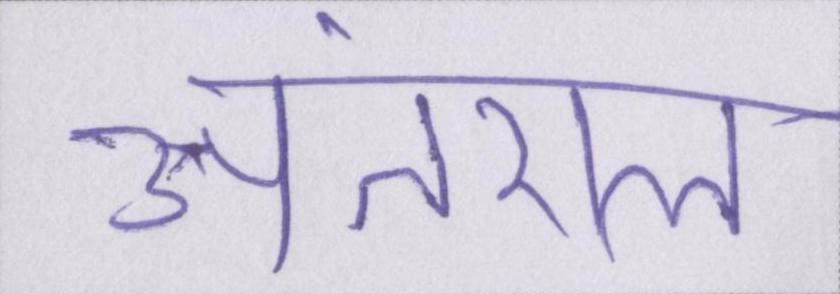
अंतराल